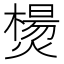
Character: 𰟣